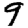
Digit: 9